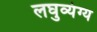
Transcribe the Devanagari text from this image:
लघुव्यंग्य